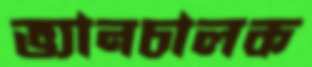
ভ্যানচালক